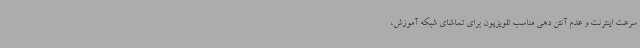
سرعت اینترنت و عدم آنتن دهی مناسب تلویزیون برای تماشای شبکه آموزش،